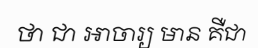
ថា ជា អាចារ្យ មាន គឺជា